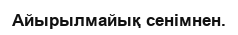
Айырылмайық сенімнен.